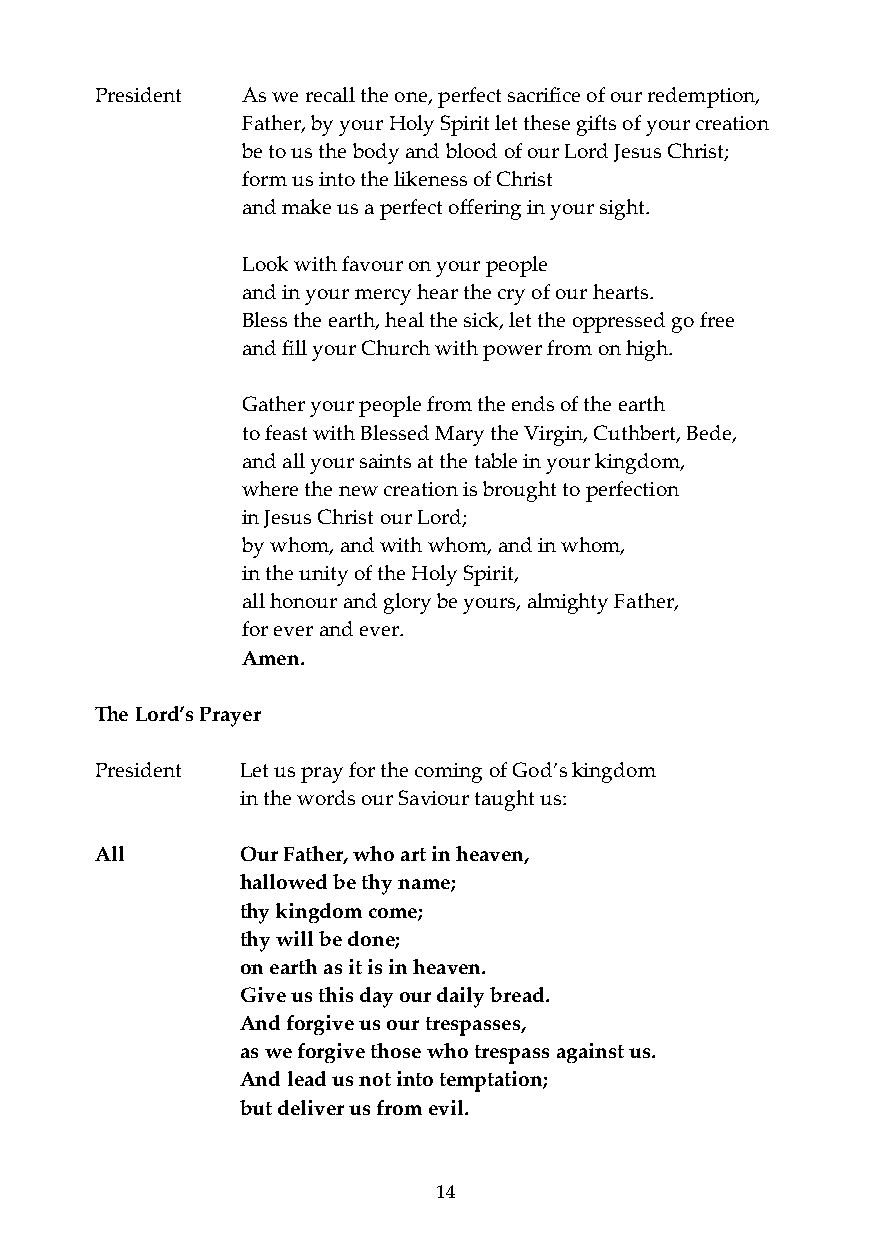
President As we recall the one, perfect sacrifice of our redemption,
 Father, by your Holy Spirit let these gifts of your creation
 be to us the body and blood of our Lord Jesus Christ;
 form us into the likeness of Christ
 and make us a perfect offering in your sight.
 Look with favour on your people
 and in your mercy hear the cry of our hearts.
 Bless the earth, heal the sick, let the oppressed go free
 and fill your Church with power from on high.
 Gather your people from the ends of the earth
 to feast with Blessed Mary the Virgin, Cuthbert, Bede,
 and all your saints at the table in your kingdom,
 where the new creation is brought to perfection
 in Jesus Christ our Lord;
 by whom, and with whom, and in whom,
 in the unity of the Holy Spirit,
 all honour and glory be yours, almighty Father,
 for ever and ever.
 Amen.
 The Lord’s Prayer
 President Let us pray for the coming of God’s kingdom
 in the words our Saviour taught us:
 All       Our Father, who art in heaven,
 hallowed be thy name;
 thy kingdom come;
 thy will be done;
 on earth as it is in heaven.
 Give us this day our daily bread.
 And forgive us our trespasses,
 as we forgive those who trespass against us.
 And lead us not into temptation;
 but deliver us from evil.
 14